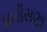
ધારીસણા